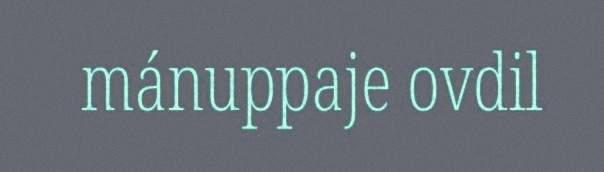
mánuppaje ovdil